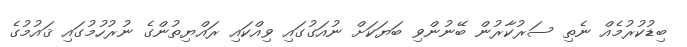
ބިޑުކުރުމެއް ނެތި ސަރުކާރުން ބޭނުންވި ބަޔަކަށް ނުއަގުގައި ވިއްކައި ރައްޔިތުންގެ ނުރުހުމުގައި ޤައުމުގެ